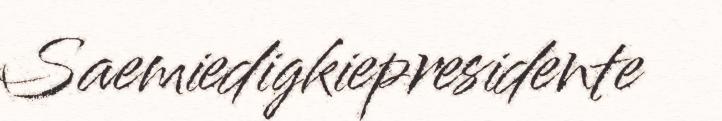
Saemiedigkiepresidente